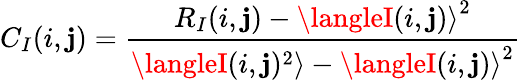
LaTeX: C_{I}(i,\mathbf{j})=\frac{{R_{I}(i,\mathbf{j})-{\langleI(i,\mathbf{j})\rangle}^{2}}}{{\langleI(i,\mathbf{j})^{2}\rangle-{\langleI(i,\mathbf{j})\rangle}^{2}}}